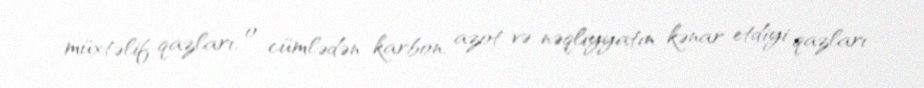
müxtəlif qazları, o cümlədən karbon, azot və nəqliyyatın kənar etdiyi qazları